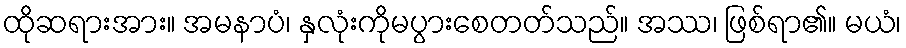
ထိုဆရားအား။ အမနာပံ၊ နှလုံးကိုမပွားစေတတ်သည်။ အဿ၊ ဖြစ်ရာ၏။ မယံ၊